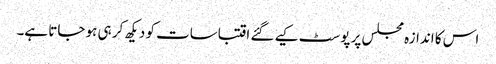
اس کا اندازہ مجلس پر پوسٹ کیے گئے اقتباسات کو دیکھ کر ہی ہو جاتا ہے۔